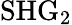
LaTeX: \mathrm{SHG_{2}}